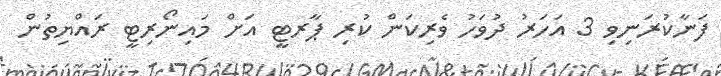
ފަނާކުރަނިވި 3 އަހަރު ދުވަހު ވެރިކަން ކުރި ޕާރޓީ އަށް މައިނޯރިޓީ ރައްޔިތުން